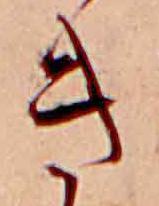
き